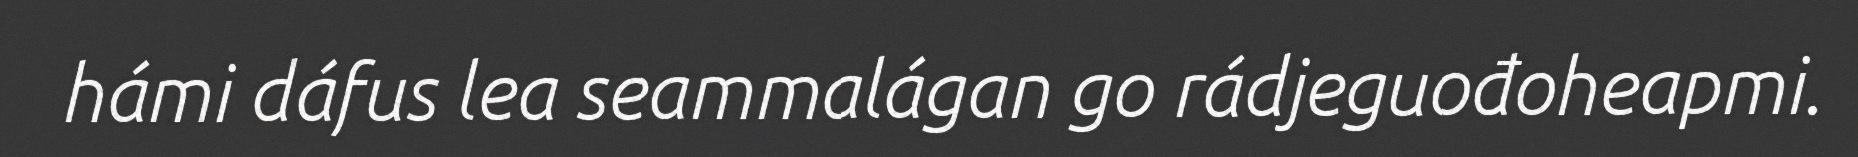
hámi dáfus lea seammalágan go rádjeguođoheapmi.